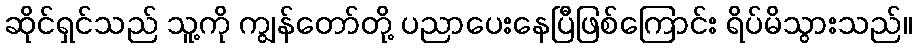
ဆိုင်ရှင်သည် သူ့ကို ကျွန်တော်တို့ ပညာပေးနေပြီဖြစ်ကြောင်း ရိပ်မိသွားသည်။